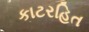
કાટરહિત